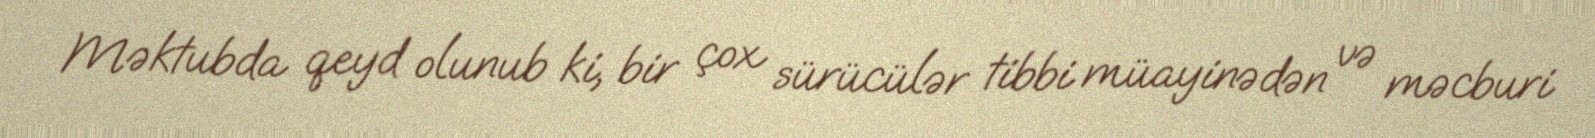
Məktubda qeyd olunub ki, bir çox sürücülər tibbi müayinədən və məcburi